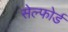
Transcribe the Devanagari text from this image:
सेल्फोर्ड